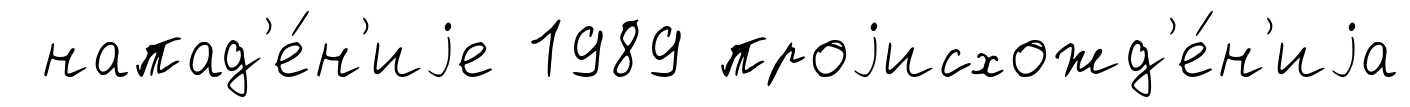
напад'е́н'иjе 1989 проjисхожд'е́н'иjа